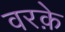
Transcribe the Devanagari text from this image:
वरक़े